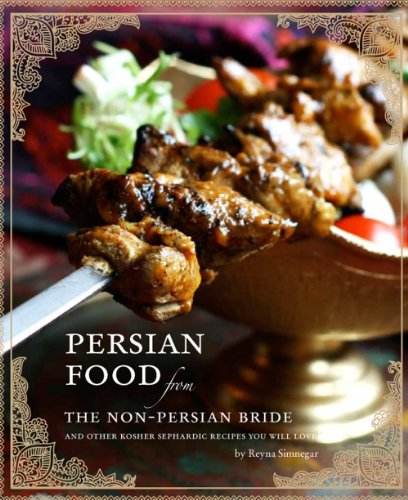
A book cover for Persian Food from the Non-persian Bride: And Other Sephardic Kosher Recipes You Will Love; Reyna Simnegar; Cookbooks, Food & Wine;